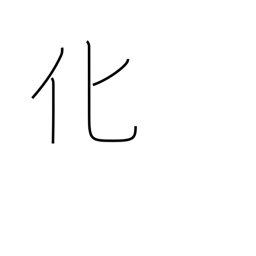
Meaning: influence